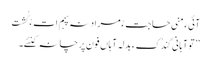
آئیءَ منی حاجت ءُ مراد نہ پہم اِت ءُ گُشت
’’ تو آہانی گِندُکءِ بدلہ آہاں فون پرچانہ کنئے۔